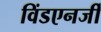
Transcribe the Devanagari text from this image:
विंडएनर्जी